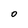
Character: 0